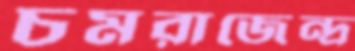
চমরাজেন্দ্র